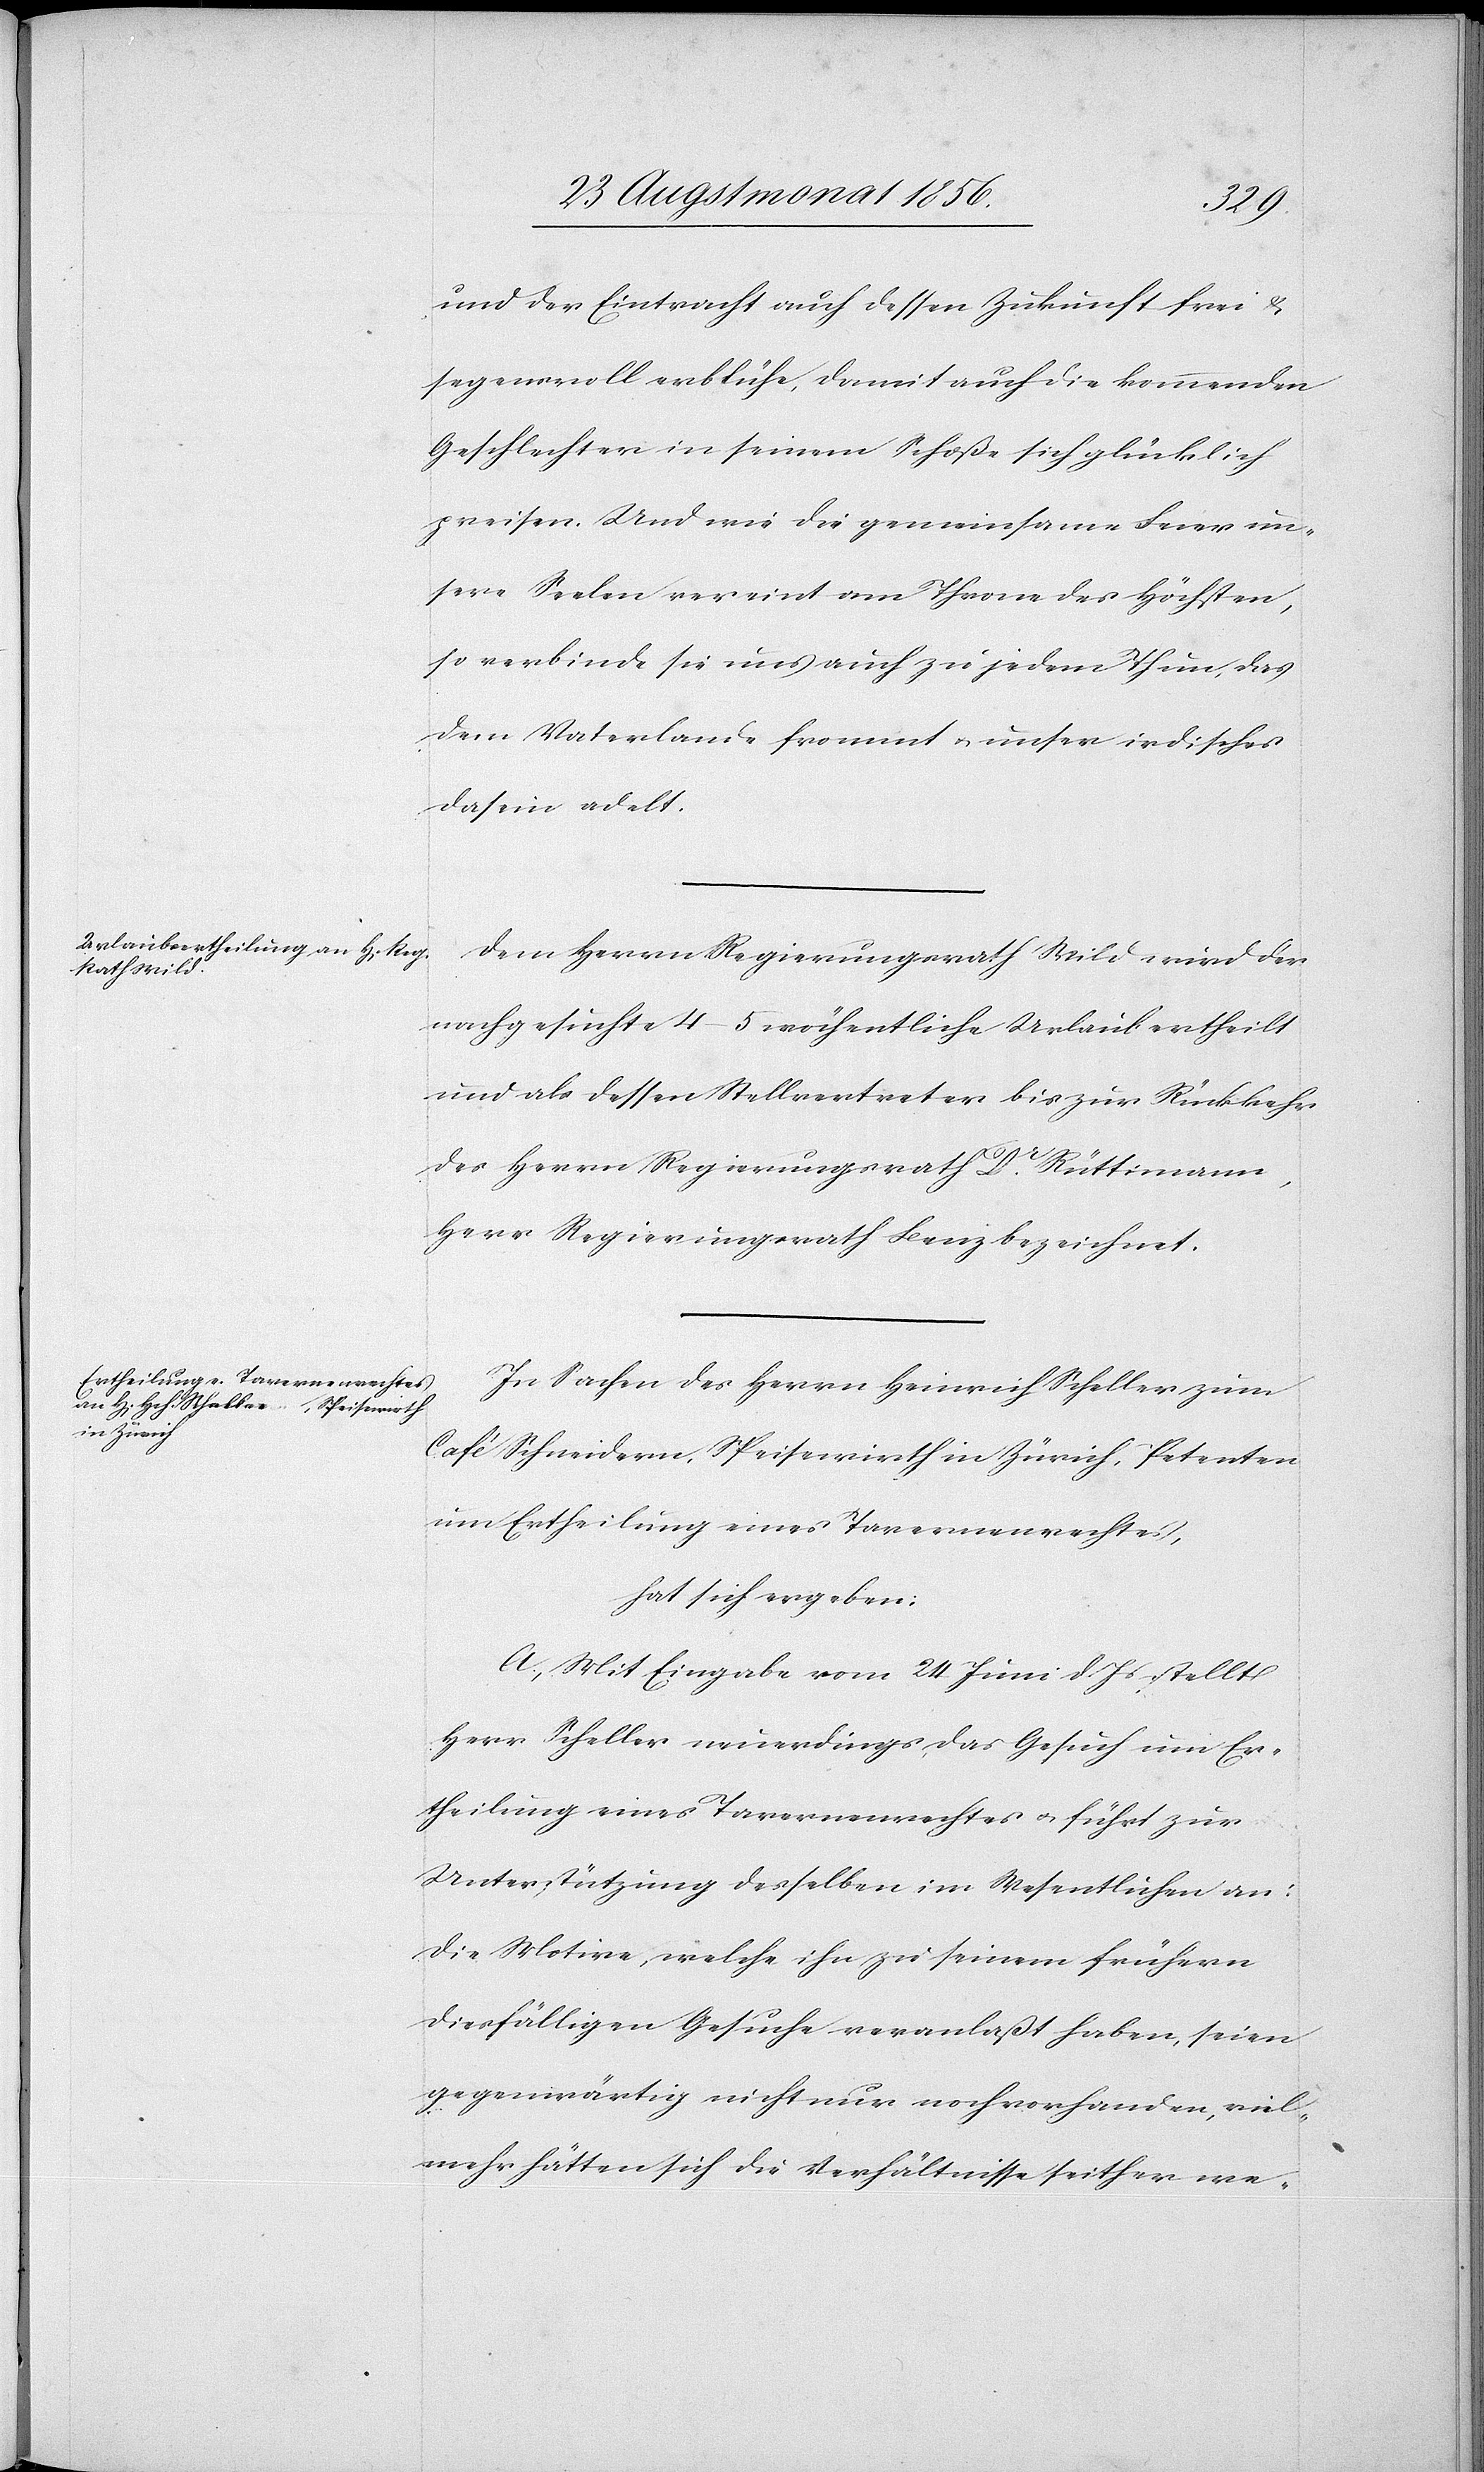
und der Eintracht auch dessen Zukunft frei &
segensvoll erblühe, damit auch die kommenden
Geschlechter in seinem Schoße sich glücklich
preisen. Und wie die gemeinsame Feier un¬
sere Seelen vereint am Throne des Höchsten,
so verbinde sie uns auch zu jedem Thun, das
dem Vaterlande frommt u. unser irdisches
Dasein adelt.
Dem Herrn Regierungsrath Wild wird der
nachgesuchte 4–5 wöchentliche Urlaub ertheilt
und als dessen Stellvertreter bis zur Rückkehr
des Herrn Regierungsrath Dr Rüttimann,
Herr Regierungsrath Benz bezeichnet.
In Sachen des Herrn Heinrich Scheller zum
Café Schneidern, Speisewirth in Zürich, Petenten
um Ertheilung eines Tavernenrechtes,
hat sich ergeben:
A.) Mit Eingabe vom 24 Juni d. Js stellt
Herr Scheller neuerdings das Gesuch um Er¬
theilung eines Tavernenrechtes u. führt zur
Unterstützung desselben im Wesentlichen an:
Die Motive, welche ihn zu seinem frühern
diesfälligen Gesuche veranlaßt haben, seien
gegenwärtig nicht nur noch vorhanden, viel¬
mehr hätten sich die Verhältnisse seither we-